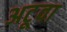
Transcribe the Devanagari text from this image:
अटूवा